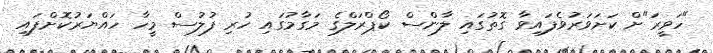
"ހަވީރަ"ށް ކަށަވަރުވެފައިވާ ގޮތުގައި ލާންސް ކޯޕްރަލްގެ މަގާމުގައި ހުރި ފުލުސް މީހާ ހައްޔަރުކޮށްފައި